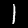
Label: 1